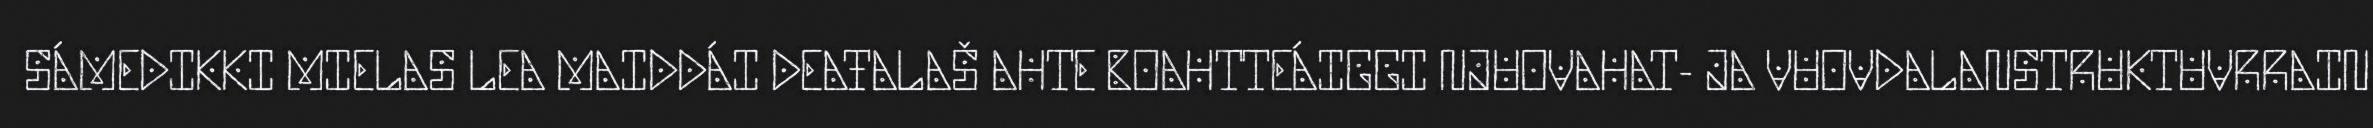
SÁMEDIKKI MIELAS LEA MAIDDÁI DEAŦALAŠ AHTE BOAHTTEÁIGGI NJUOVAHAT- JA VUOVDALANSTRUKTUVRRAIN